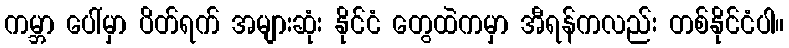
ကမ္ဘာ ပေါ်မှာ ပိတ်ရက် အများဆုံး နိုင်ငံ တွေထဲကမှာ အီရန်ကလည်း တစ်နိုင်ငံပါ။